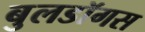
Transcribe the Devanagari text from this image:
बुलडॉगस